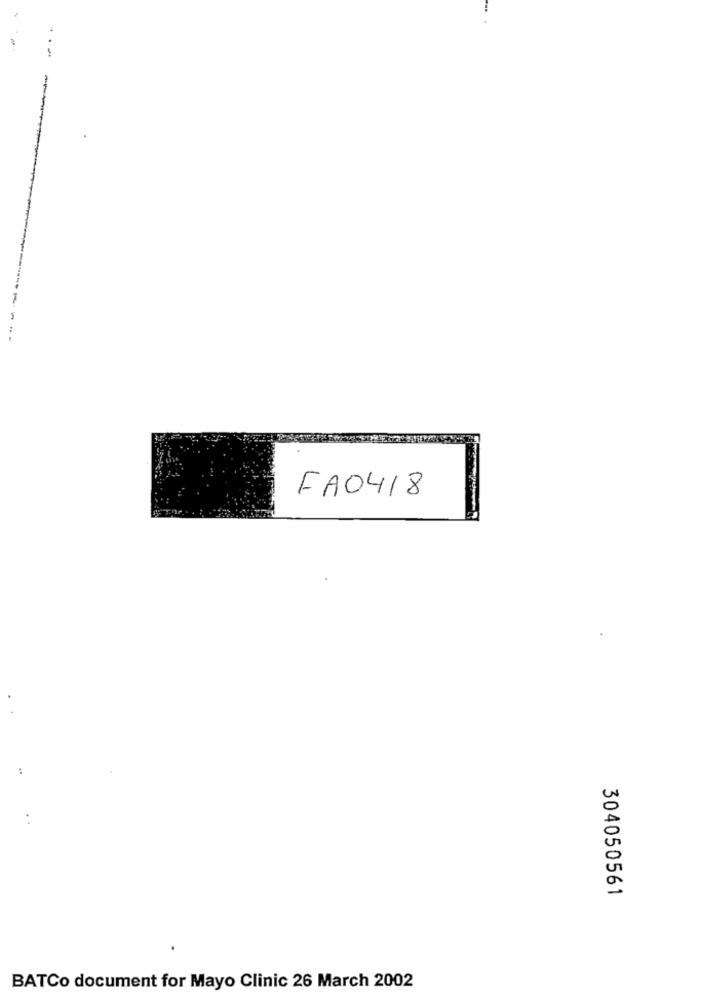
FA0418
..
304050561
BATCo document for Mayo Clinic 26 March 2002